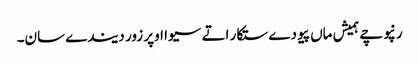
رنپوچے ہمیش ماں پیو دے ستکار اتے سیوا اوپر زور دیندے سان۔